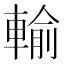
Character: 輸